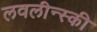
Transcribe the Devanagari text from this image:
लवलीन्स्की